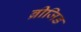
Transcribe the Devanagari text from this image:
ब्रीजिड